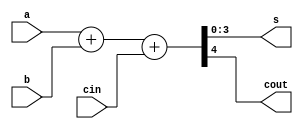
module adder_4_df(s,cout,a,b,cin);

input [3:0]a,b;
input cin;
output [3:0]s;
output cout;

assign {cout,s} = a + b + cin;

endmodule